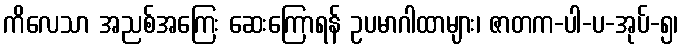
ကိလေသာ အညစ်အကြေး ဆေးကြောရန် ဥပမာဂါထာများ၊ ဇာတက-ပါ-ပ-အုပ်-၅၊